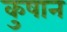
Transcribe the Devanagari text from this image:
कुषान